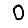
Digit: 0